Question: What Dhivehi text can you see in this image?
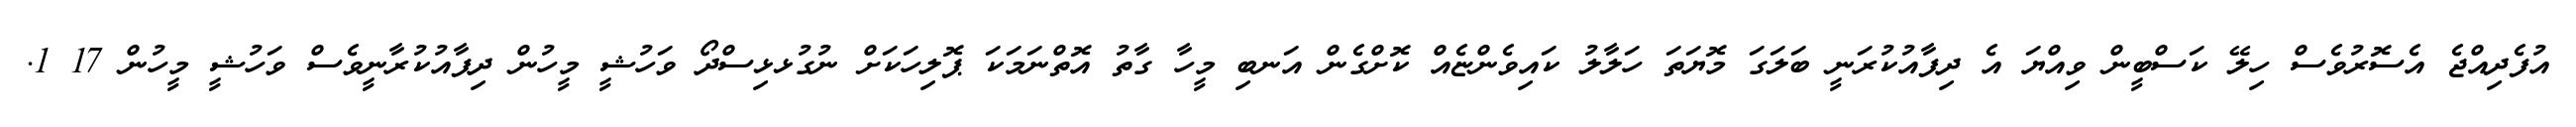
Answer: އުފެދިއްޖެ އެސޮރުވެސް ހިލޭ ކަސްބީން ވިއްޔަ އެ ދިފާއުކުރަނީ ބަލަގަ މޮޔަތަ ހަލާލު ކައިވެންޏެއް ކޮށްގެން އަނބި މީހާ ގާތު އޮތްނަމަކަ ޕޮލިހަކަށް ނުގުޅޅިސްދޯ ވަހުޝީ މީހުން ދިފާއުކުރާނީވެސް ވަހުޝީ މީހުން 17 1.